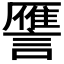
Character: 𮘻